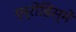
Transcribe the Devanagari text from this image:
एर्रोंडिस्में